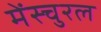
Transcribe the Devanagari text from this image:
मेंस्चुरल